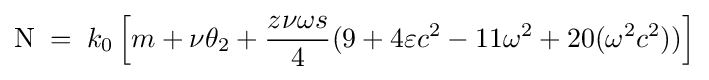
{\text{N}}\;=\;k_{0}\left[m+\nu \theta _{2}+{\frac {z\nu \omega s}{4}}(9+4\varepsilon c^{2}-11\omega ^{2}+20(\omega ^{2}c^{2}))\right]